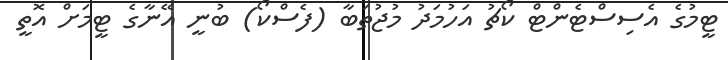
ޓީމުގެ އެސިސްޓެންޓް ކޯޗު އަހުމަދު މުޖުތަބާ (ފެސްކޯ) ބުނީ އޭނާގެ ޓީމަށް އޮތީ